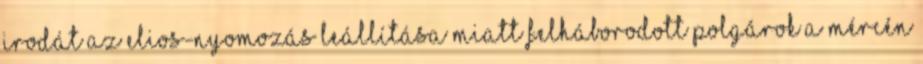
Irodát az ELIOS-nyomozás leállítása miatt felháborodott polgárok A Mércén